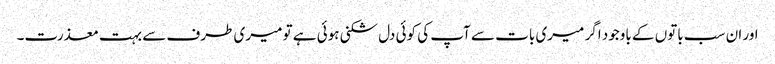
اور ان سب باتوں کے باوجود اگر میری بات سے آپ کی کوئی دل شکنی ہوئی ہے تو میری طرف سے بہت معذرت۔